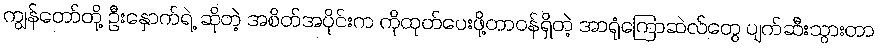
ကျွန်တော်တို့ ဦးနှောက်ရဲ့ ဆိုတဲ့ အစိတ်အပိုင်းက ကိုထုတ်ပေးဖို့တာဝန်ရှိတဲ့ အာရုံကြောဆဲလ်တွေ ပျက်ဆီးသွားတာ